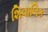
શિવાલિક